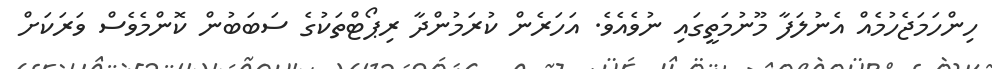
ހިންހަމަޖެހުމެއް އެނުލަފާ މޫނުމަތީގައި ނުވެއެވެ. އަހަރެން ކުރަމުންދާ ރިޕޯޓްތަކުގެ ސަބަބުން ކޮންމެވެސް ވަރަކަށް